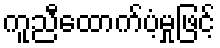
ကူညီထောက်ပံ့မှုဖြင့်